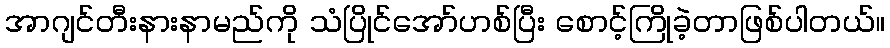
အာဂျင်တီးနားနာမည်ကို သံပြိုင်အော်ဟစ်ပြီး စောင့်ကြိုခဲ့တာဖြစ်ပါတယ်။